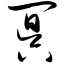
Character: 冥